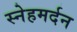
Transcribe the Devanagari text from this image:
स्नेहमर्दन